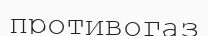
противогаз